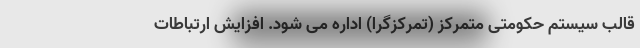
قالب سیستم حکومتی متمرکز (تمرکزگرا) اداره می شود. افزایش ارتباطات